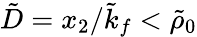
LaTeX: \tilde{D}=x_{2}/\tilde{k}_{f}<\tilde{\rho}_{0}